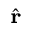
\scriptstyle { \hat { \mathbf { r } } }